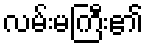
လမ်းမကြီး၏